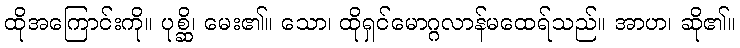
ထိုအကြောင်းကို။ ပုစ္ဆိ၊ မေး၏။ သော၊ ထိုရှင်မောဂ္ဂလာန်မထေရ်သည်။ အာဟ၊ ဆို၏။